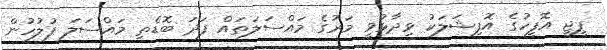
ޕީޖީ އޮފީހުގެ އޮފިޝަލަކު ވިދާޅުވީ މަރުގެ މައްސަލަތައް ފަދަ ބޮޑެތި މައްސަލަ ފުލުހުން